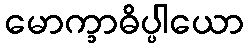
မောက္ခာဓိပ္ပါယော